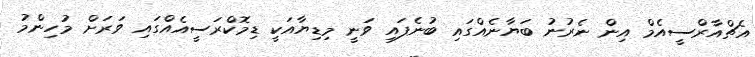
އެޗްއާރްސީއެމް އިން ނެރުނު ބަޔާނެއްގައި ބުނެފައި ވަނީ މިޑިޔާއަކީ ޑިމޮކްރަސީއެއްގައި ވަރަށް މުހިންމު